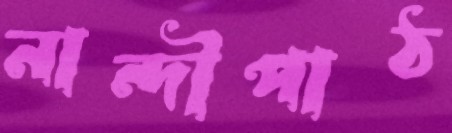
নান্দীপাঠ